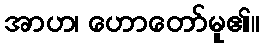
အာဟ၊ ဟောတော်မူ၏။